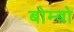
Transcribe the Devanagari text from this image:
बोम्बो